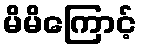
မိမိကြောင့်